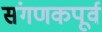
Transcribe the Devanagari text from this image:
संगणकपूर्व